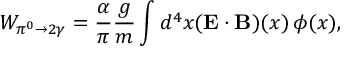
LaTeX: W _ { \pi ^ { 0 } \to 2 \gamma } = \frac { \alpha } { \pi } \frac { g } { m } \int d ^ { 4 } x ( \mathbf { E \cdot B } ) ( x ) \, \phi ( x ) ,